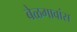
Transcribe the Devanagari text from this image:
बेळगावांस